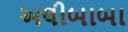
અલીબાબા